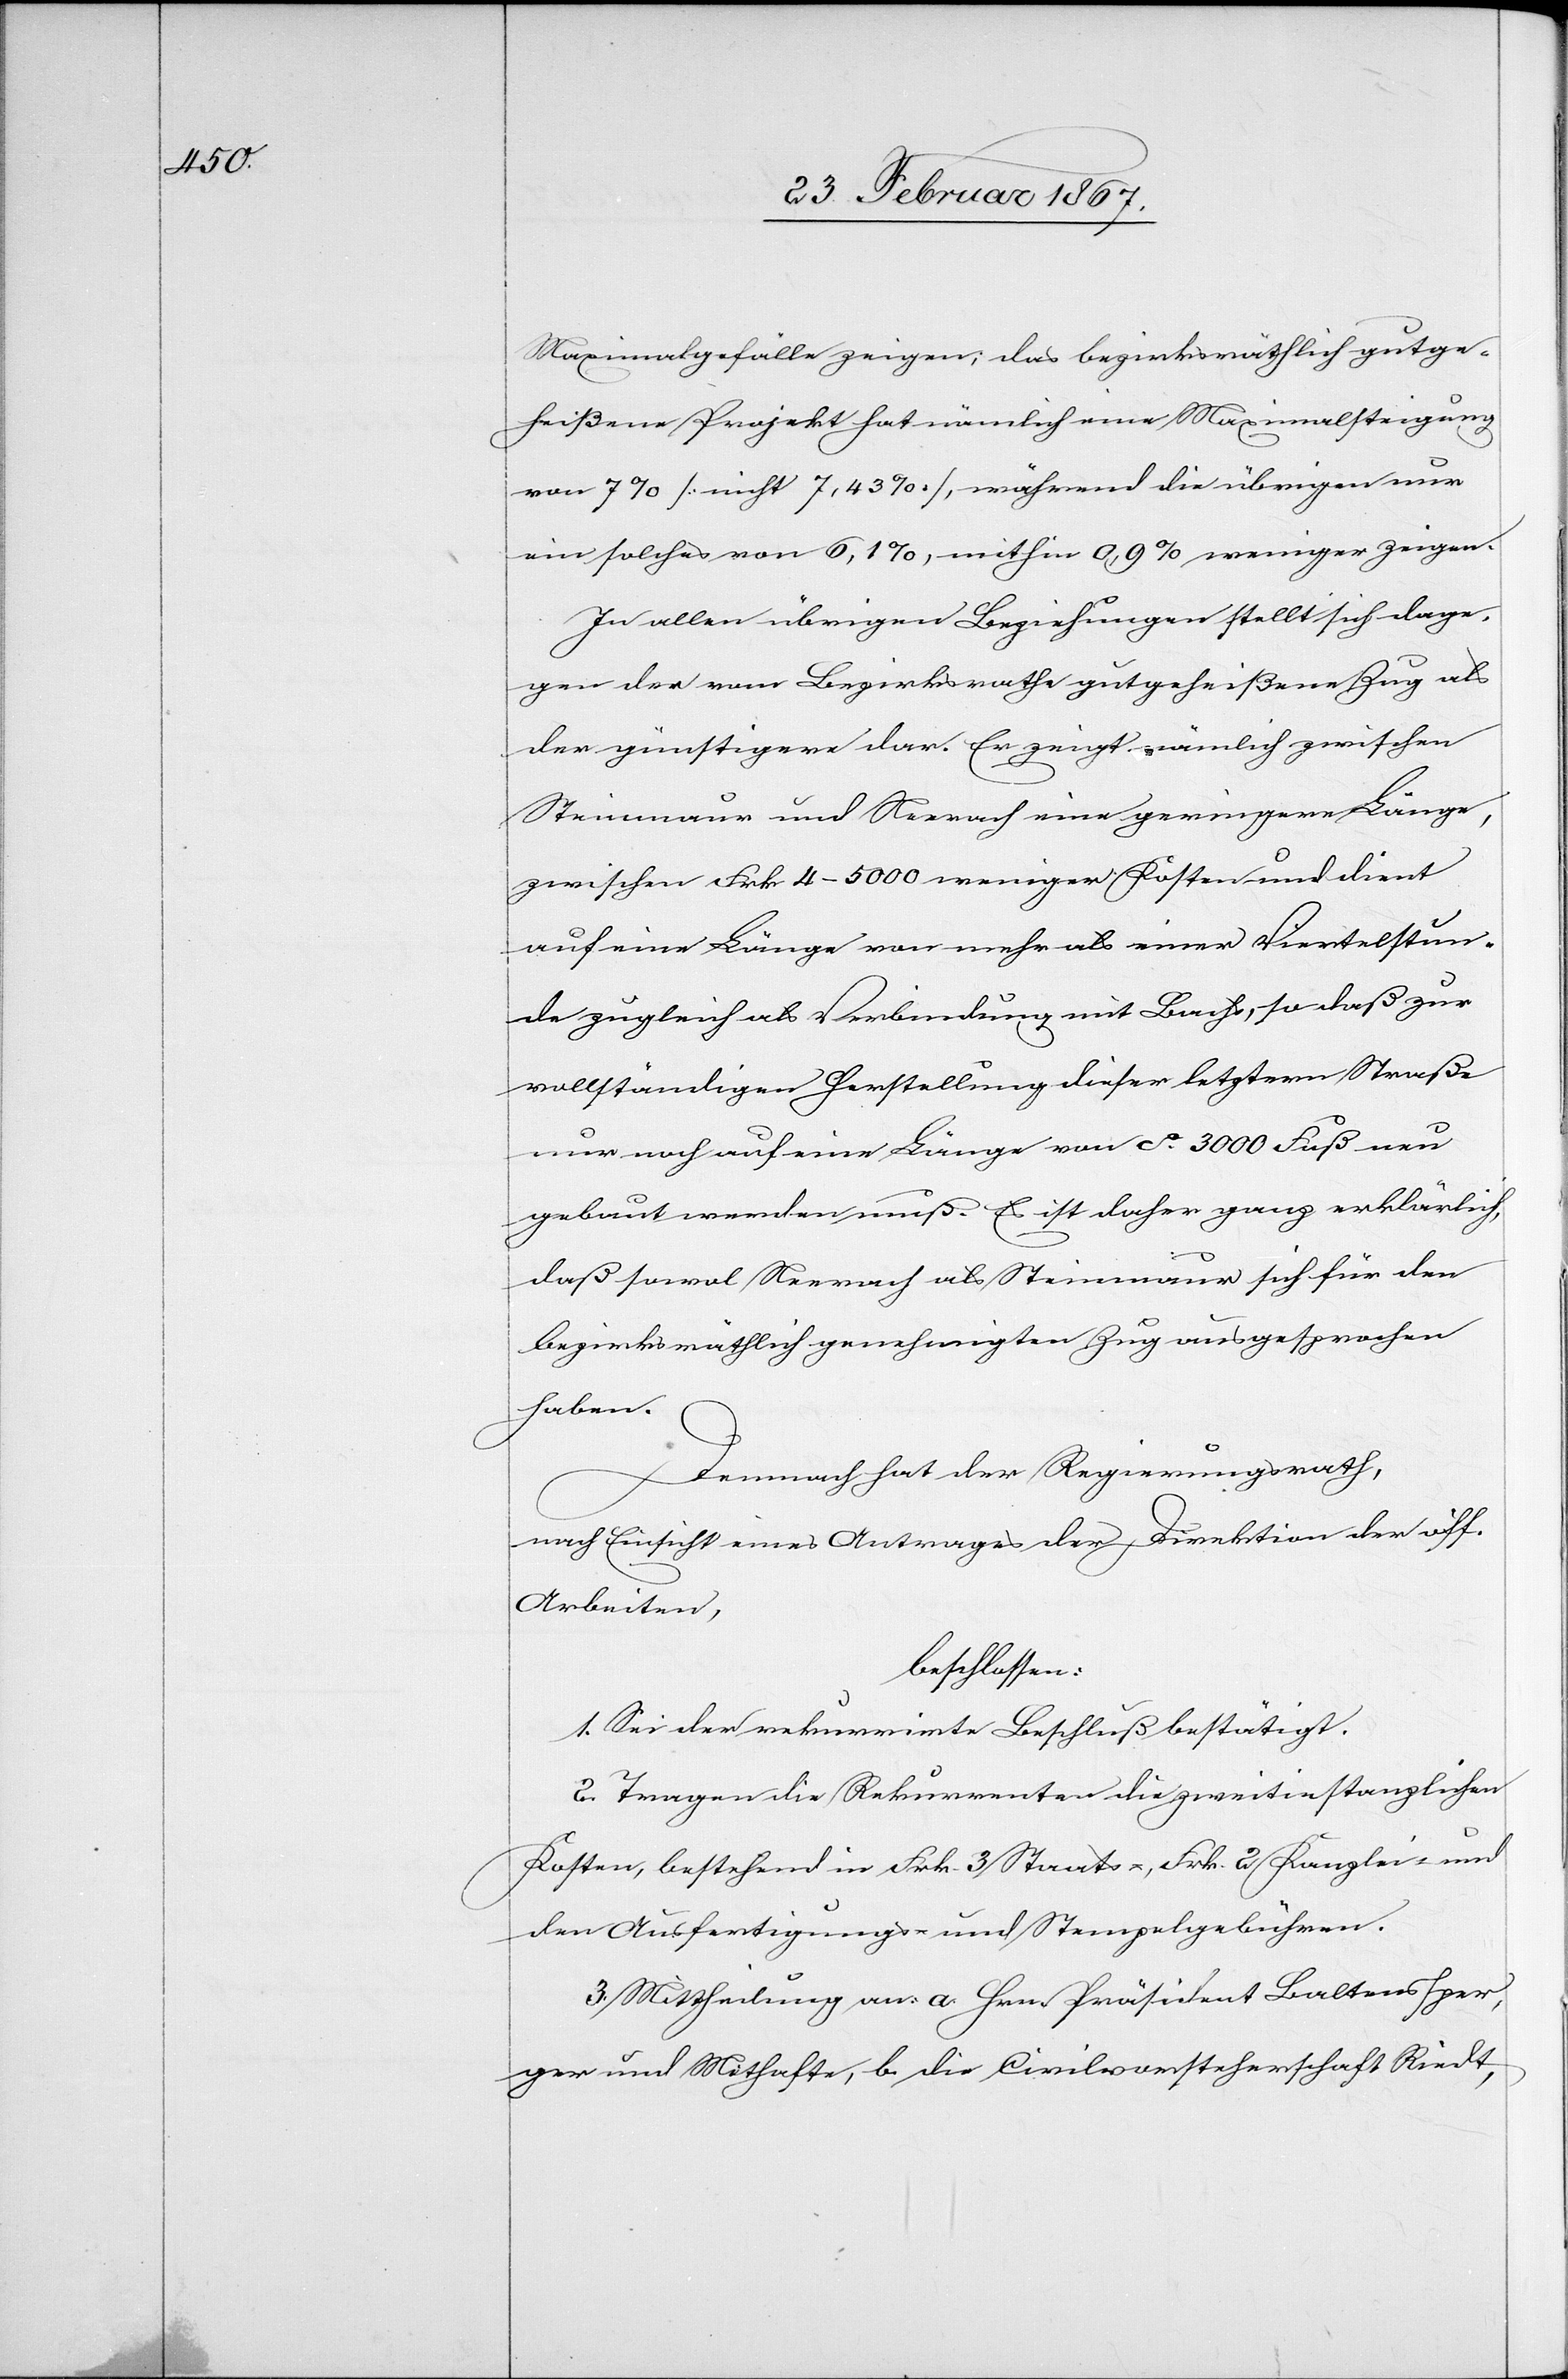
Maximalgefälle zeigen; das bezirksräthlich gutge¬
heißene Projekt hat nämlich eine Maximalsteigung
von 7% [nicht 7,43%], während die übrigen nur
ein solches von 6,1%, mithin 0,9% weniger zeigen.
In Allen übrigen Beziehungen stellt sich dage¬
gen der vom Bezirksrathe gutgeheißene Zug als
der günstigere dar. Er zeigt nämlich zwischen
Steinmaur und Neerach eine geringere Länge,
zwischen Frk. 4–5000 weniger Kosten und dient
auf einer Länge von mehr als einer Viertelstun¬
de zugleich als Verbindung mit Bachs, so daß zur
vollständigen Herstellung dieser letztern Straße
nur noch auf eine Länge von ca. 3000 Fuß neu
gebaut werden muß. Es ist daher ganz erklärlich,
daß sowol Neerach als Steinmaur sich für den
bezirksräthlich genehmigten Zug ausgesprochen
haben.
Demnach hat der Regierungsrath,
nach Einsicht eines Antrages der Direktion der öff.
Arbeiten,
beschlossen:
1. Sei der rekurrirte Beschluß bestätigt.
2. Tragen die Rekurrenten die zweitinstanzlichen
Kosten, bestehend in Frk. 3 Staats-, Frk. 2 Kanzlei- und
den Ausfertigungs- und Stempelgebühren.
3. Mittheilung an: a. Hrn. Präsident Baltensper¬
ger und Mithafte, b. die Civilvorsteherschaft Riedt,